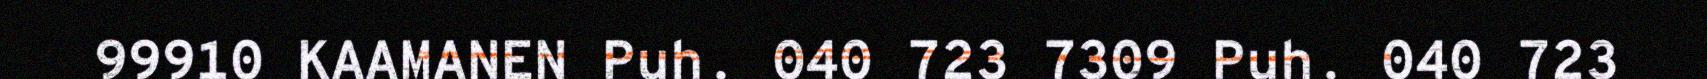
99910 KAAMANEN Puh. 040 723 7309 Puh. 040 723